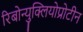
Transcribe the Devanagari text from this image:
रिबोन्युक्लियोप्रोटीन